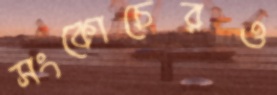
সংকোচেরও